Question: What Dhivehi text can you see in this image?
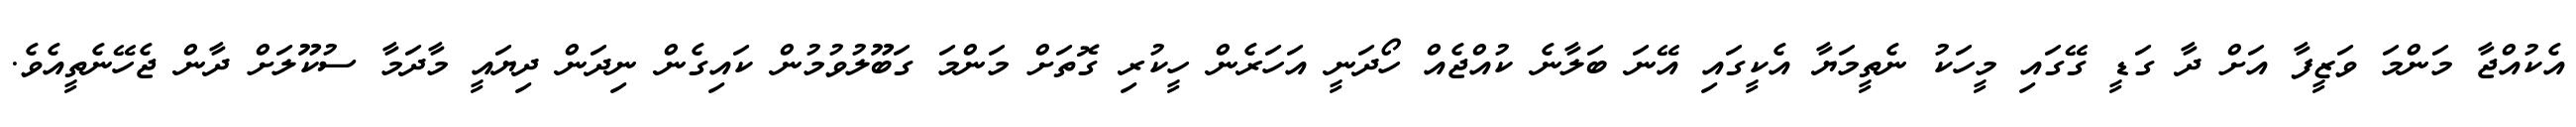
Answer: އެކުއްޖާ މަންމަ ވަޒީފާ އަށް ދާ ގަޑީ ގޭގައި މީހަކު ނެތީމަޔާ އެކީގައި އޭނަ ބަލާނެ ކުއްޖެއް ހޯދަނީ އަހަރެން ހީކުރި ގޮތަށް މަންމަ ގަބޫލުވުމުން ކައިގެން ނިދަން ދިޔައީ މާދަމާ ސުކޫލަށް ދާން ޖެހޭނެތީއެވެ.